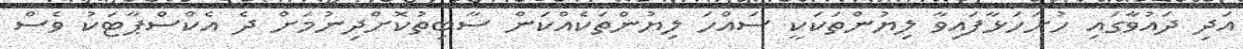
އަދި ދައުވާގައި ހުށަހަޅާފައިވާ ލިޔުންތަކަކީ ސައްހަ ލިޔުންތަކެއްކަން ސާބިތުކޮށްދިނުމަށް ދެ އެކްސްޕާޓަކު ވެސް